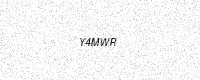
Text: Y4MWR